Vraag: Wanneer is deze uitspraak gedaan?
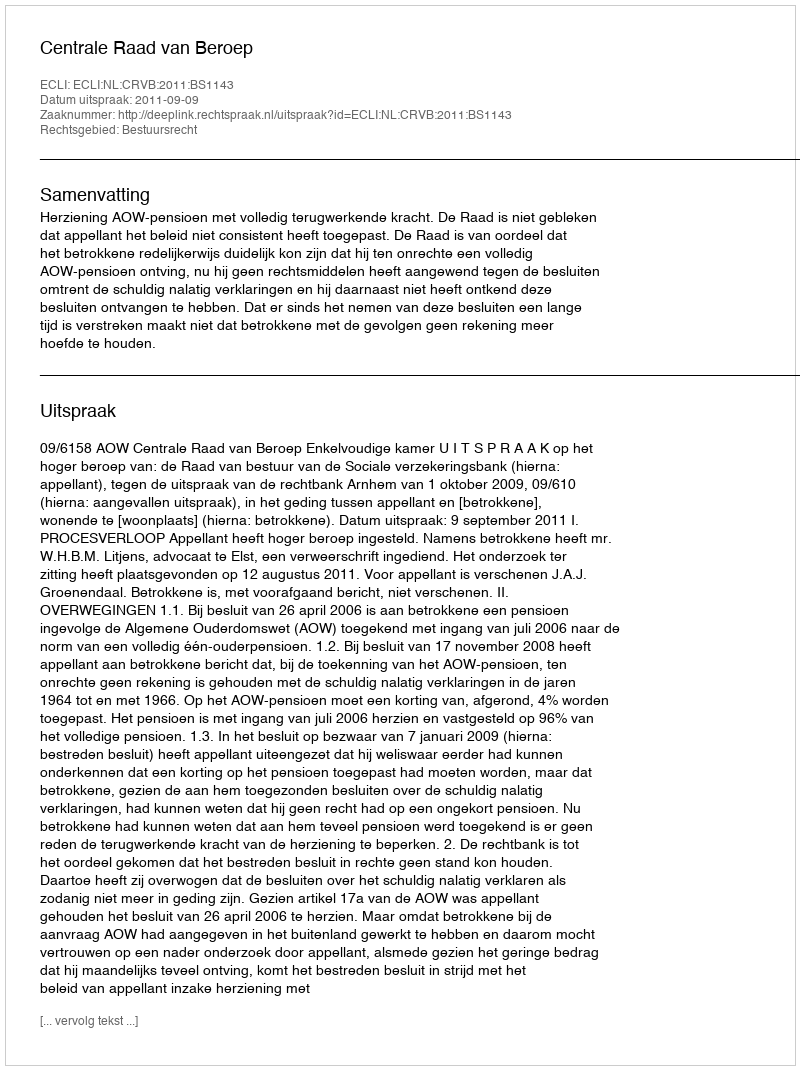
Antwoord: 2011-09-09